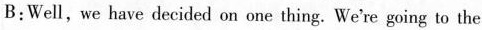
B:Well,we have decided on one thing. We're going to the